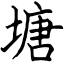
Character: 塘